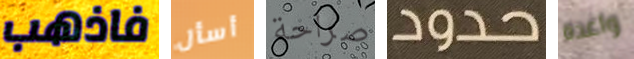
فاذهب أسأل صراحة حدود واعدة